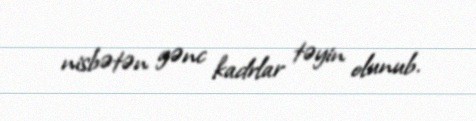
nisbətən gənc kadrlar təyin olunub.